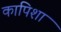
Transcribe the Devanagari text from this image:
कापिशा